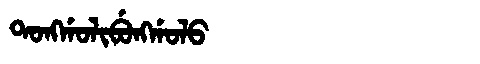
Manchu: ᡨᠣᠩᡤᠣᠯᡳᠪᡠᠩᡤᠣᠯᠣ
Romanization: TONGGOLIBUNGGOLO